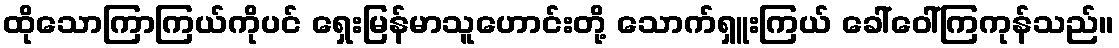
ထိုသောကြာကြယ်ကိုပင် ရှေးမြန်မာသူဟောင်းတို့ သောက်ရှူးကြယ် ခေါ်ဝေါ်ကြကုန်သည်။